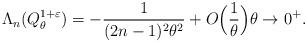
LaTeX: \begin{align*}\Lambda_n(Q^{1+\varepsilon}_\theta)= -\dfrac{1}{(2n-1)^2\theta^2}+O\Big(\dfrac{1}{\theta}\Big) \theta\to 0^+.\end{align*}